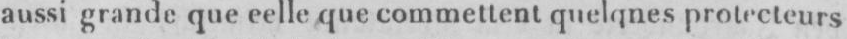
aussi grande que eelle que commettent quelqnes protecteurs